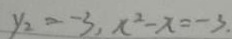
y _ { 2 } = - 3 , x ^ { 2 } - x = - 3